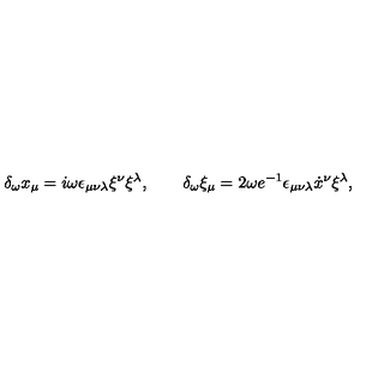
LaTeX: \delta _ { \omega } x _ { \mu } = i { \omega } \epsilon _ { \mu \nu \lambda } \xi ^ { \nu } \xi ^ { \lambda } , \qquad \delta _ { \omega } \xi _ { \mu } = 2 { \omega } e ^ { - 1 } \epsilon _ { \mu \nu \lambda } \dot { x } { } ^ { \nu } \xi ^ { \lambda } ,